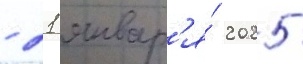
- 21 январ'я́ 2025